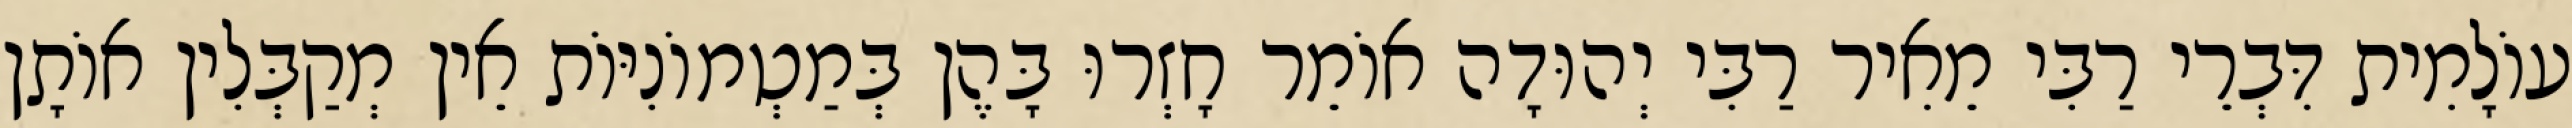
עוֹלָמִית דִּבְרֵי רַבִּי מֵאִיר רַבִּי יְהוּדָה אוֹמֵר חָזְרוּ בָּהֶן בְּמַטְמוֹנִיּוֹת אֵין מְקַבְּלִין אוֹתָן